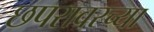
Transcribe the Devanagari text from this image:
छपरावरच्या